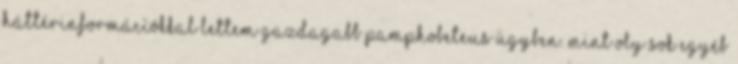
háttérinformációkkal lettem gazdagabb Pamphobeteus ügyben. Mint oly sok egyéb